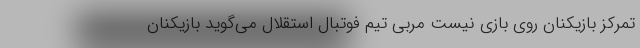
تمرکز بازیکنان روی بازی نیست مربی تیم فوتبال استقلال می‌گوید بازیکنان